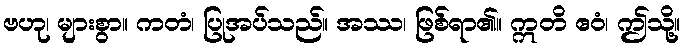
ဗဟု၊ များစွာ။ ကတံ၊ ပြုအပ်သည်။ အဿ၊ ဖြစ်ရာ၏။ ဣတိ ဧဝံ၊ ဤသို့။